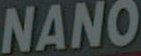
NANO